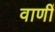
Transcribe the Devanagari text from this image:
वाणीं